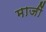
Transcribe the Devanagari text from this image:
माजीं